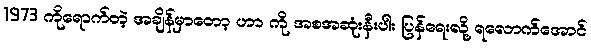
1973 ကိုရောက်တဲ့ အချိန်မှာတော့ ဟာ ကို အစအဆုံးနီးပါး ပြန်ရေးလို့ ရလောက်အောင်